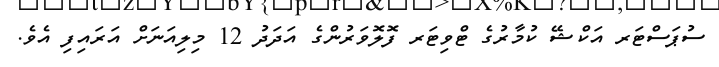
ސުޕަސްޓަރ އަކްޝޭ ކުމާރުގެ ޓްވިޓަރ ފޮލޮވަރުންގެ އަދަދު 12 މިލިއަނަށް އަރައިފި އެވެ.